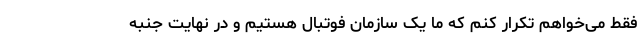
فقط می‌خواهم تکرار کنم که ما یک سازمان فوتبال هستیم و در نهایت جنبه